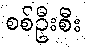
စစ်ဦးစီး